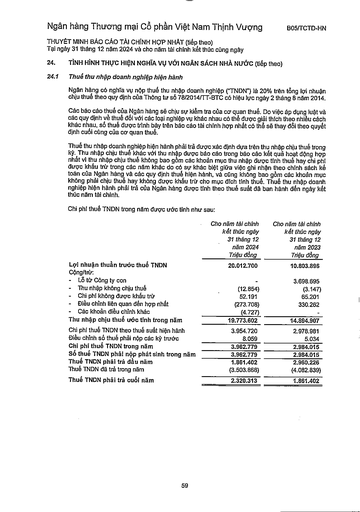
||Cho năm tài chính kết thúc ngày 31 tháng 12 năm 2024 Triệu đồng|Cho năm tài chính kết thúc ngày 31 tháng 12 năm 2023 Triệu đồng| |---|---|---| |Lợi nhuận thuần trước thuế TNDN|20.012.700|10.803.896| |Cộng/trừ:||| |Lỗ từ Công ty con||3.698.695| |Thu nhập không chịu thuế|(12.854)|(3.147)| |Chi phí không được khấu trừ|52.191|65.201| |Điều chỉnh liên quan đến hợp nhất|(273.708)|330.262| |Các khoản điều chỉnh khác|(4.727)|| |Thu nhập chịu thuế ước tính trong năm|19.773.602|14.894.907| |Chi phí thuế TNDN theo thuế suất hiện hành|3.954.720|2.978.981| |Điều chỉnh số thuế phải nộp các kỳ trước|8.059|5.034| |Chi phí thuế TNDN trong năm|3.962.779|2.984.015| |Số thuế TNDN phải nộp phát sinh trong năm|3.962.779|2.984.015| |Thuế TNDN phải trả đầu năm|1.861.402|2.960.226| |Thuế TNDN đã trả trong năm|(3.503.868)|(4.082.839)| |Thuế TNDN phải trả cuối năm|2.320.313|1.861.402|